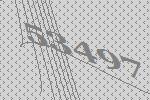
53497